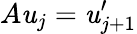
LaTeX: A\mathit{u}_{j}=\mathit{u}_{j+1}^{\prime}